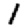
Digit: 1